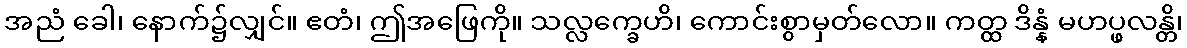
အညံ ခေါ၊ နောက်၌လျှင်။ ဧတံ၊ ဤအဖြေကို။ သလ္လက္ခေဟိ၊ ကောင်းစွာမှတ်လော။ ကတ္ထ ဒိန္နံ မဟပ္ဖလန္တိ၊